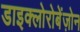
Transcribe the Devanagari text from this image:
डाइक्लोरोबेंज़ोन